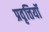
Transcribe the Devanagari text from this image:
प्रवृत्तियॉं